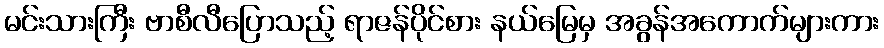
မင်းသားကြီး ဗာစီလီပြောသည့် ရာဇန်ပိုင်စား နယ်မြေမှ အခွန်အကောက်များကား